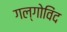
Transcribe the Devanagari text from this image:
गल्गोविंद